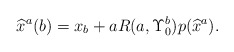
\begin{align*}\widehat{x}^a(b)=x_b+aR(a,\Upsilon_0^b)p(\widehat{x}^a).\end{align*}